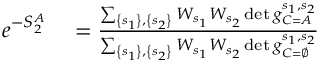
\begin{array} { r l } { e ^ { - S _ { 2 } ^ { A } } } & { { } = \frac { \sum _ { \left\{ s _ { 1 } \right\} , \left\{ s _ { 2 } \right\} } W _ { s _ { 1 } } W _ { s _ { 2 } } \operatorname* { d e t } g _ { C = A } ^ { s _ { 1 } , s _ { 2 } } } { \sum _ { \left\{ s _ { 1 } \right\} , \left\{ s _ { 2 } \right\} } W _ { s _ { 1 } } W _ { s _ { 2 } } \operatorname* { d e t } g _ { C = \varnothing } ^ { s _ { 1 } , s _ { 2 } } } } \end{array}